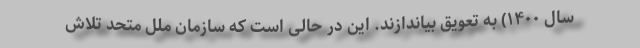
سال ۱۴۰۰) به تعویق بیاندازند. این در حالی است که سازمان ملل متحد تلاش